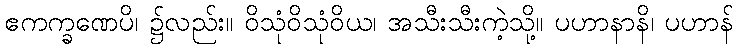
ဧကက္ခဏေပိ၊ ၌လည်း။ ဝိသုံဝိသုံဝိယ၊ အသီးသီးကဲ့သို့။ ပဟာနာနိ၊ ပဟာန်